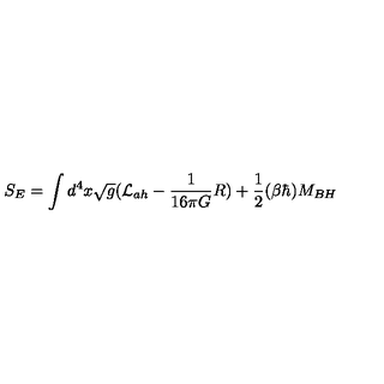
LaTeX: S _ { E } = \int d ^ { 4 } x \sqrt { g } ( { \cal L } _ { a h } - { \frac { 1 } { 1 6 \pi G } } R ) + { \frac { 1 } { 2 } } ( \beta \hbar ) M _ { B H }